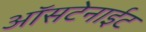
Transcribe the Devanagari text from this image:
ऑसटेनाईट